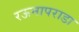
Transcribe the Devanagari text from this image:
रऊनापराडा